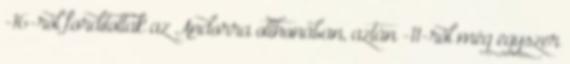
-16-ról fordítottak az Andorra otthonában, aztán -11-ről még egyszer